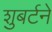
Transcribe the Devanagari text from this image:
शुबर्टने